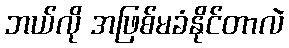
ဘယ်လို အဖြစ်မခံနိုင်တာလဲ